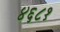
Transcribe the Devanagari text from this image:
४६८१